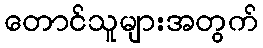
တောင်သူများအတွက်